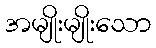
အမျိုးမျိုးသော